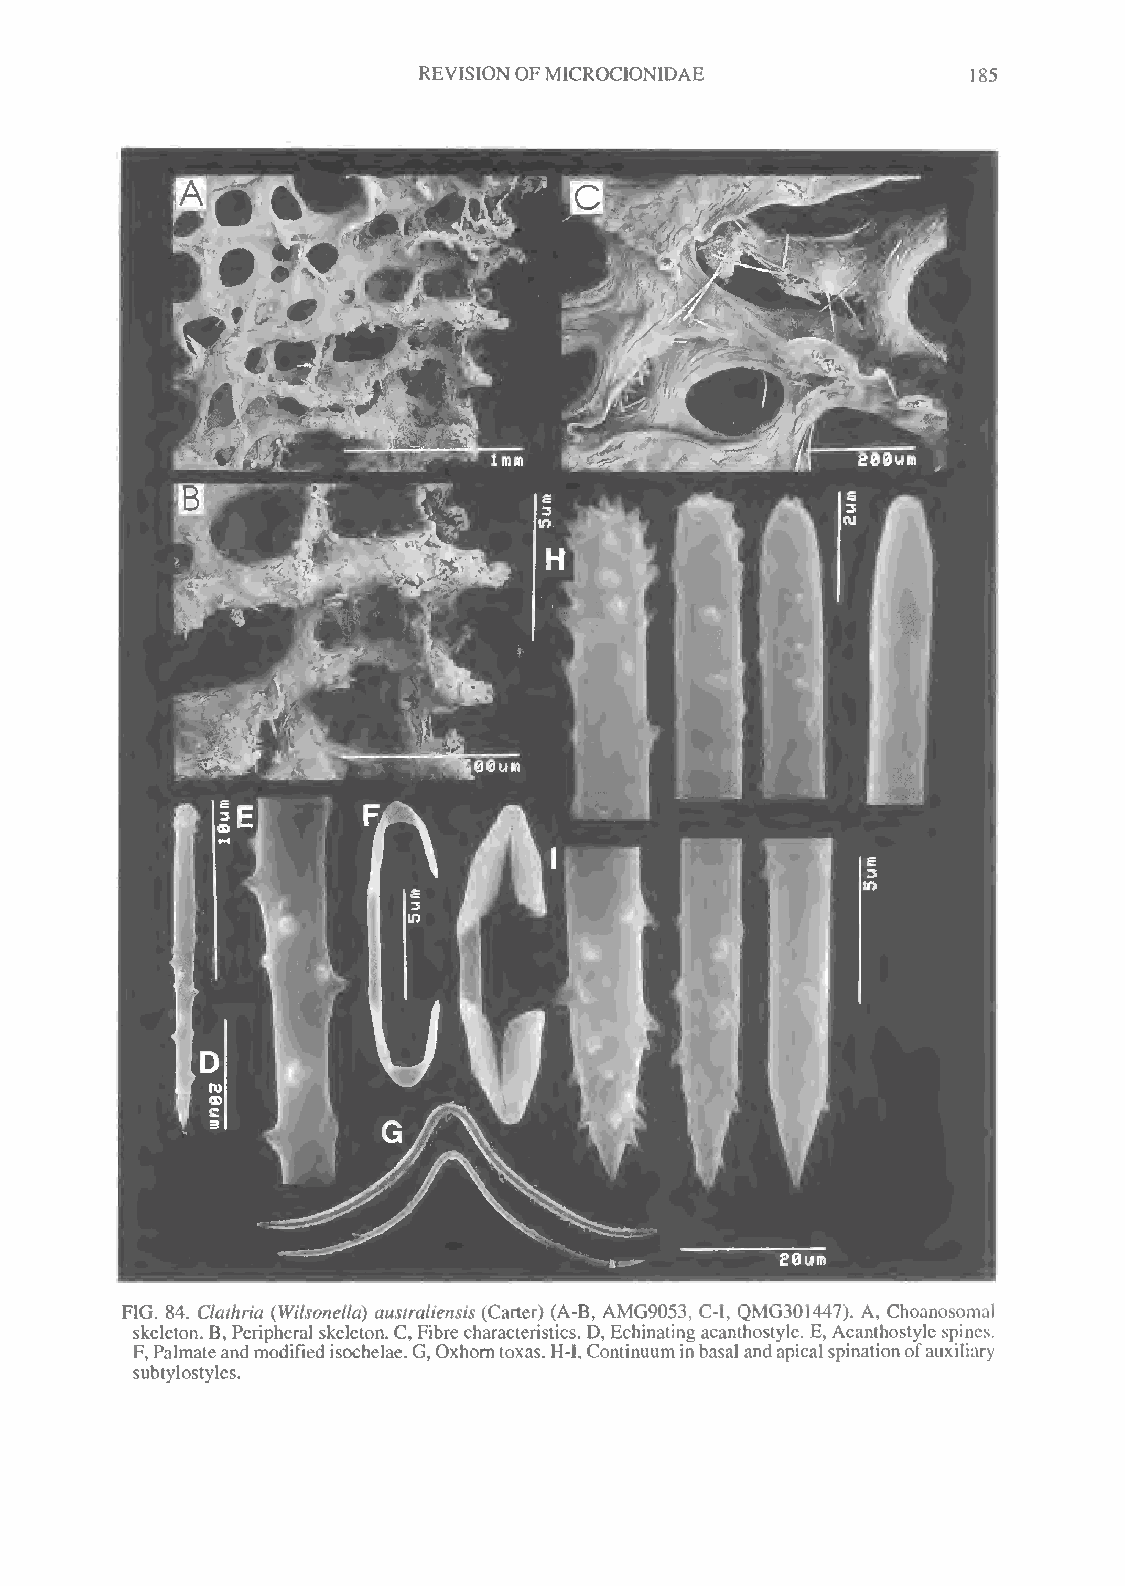
REVISIONOFMICROCIONIDAE
 185
 FIG. 84. Clathria (Wilsonella) australiensis (Carter) (A-B, AMG9053, C-I, QMG301447). A, Choanosomal
 skeleton. B, Peripheral skeleton. C, Fibrecharacteristics. D, Echinating acanthostyle. E, Acanthostyle spines.
 F,Palmateandmodifiedisochelae.G,Oxhorntoxas.H-I,Continuuminbasalandapicalspinationofauxiliary
 subtylostyles.